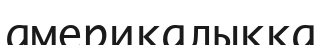
америкалыққа